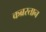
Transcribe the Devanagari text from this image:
कब्रस्‍तान